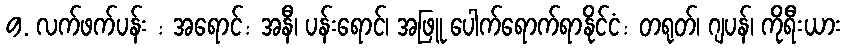
9. လက်ဖက်ပန်း : အရောင်: အနီ၊ ပန်းရောင်၊ အဖြူ ပေါက်ရောက်ရာနိုင်ငံ: တရုတ်၊ ဂျပန်၊ ကိုရီးယား